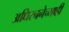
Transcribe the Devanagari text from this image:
अधिरचनेच्याही